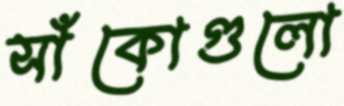
সাঁকোগুলো